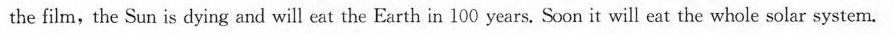
the film,the Sun is dying and will eat the Earth in 100 years. Soon it will eat the whole solar system.